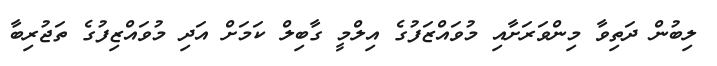
ލިބުން ދަތިވާ މިންވަރަށާއި މުވައްޒަފުގެ އިލްމީ ގާބިލް ކަމަށް އަދި މުވައްޒިފުގެ ތަޖުރިބާ